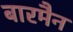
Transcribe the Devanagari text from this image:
बारमैन